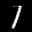
Label: 1